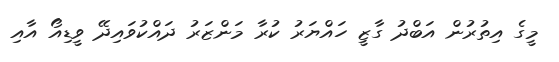
މީގެ އިތުރުން އަބްދު ގާޒީ ހައްޔަރު ކުރާ މަންޒަރު ދައްކުވައިދޭ ވީޑިއޯ އާއި